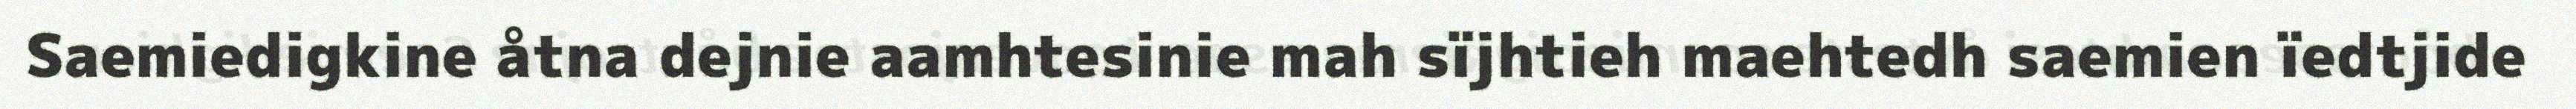
Saemiedigkine åtna dejnie aamhtesinie mah sïjhtieh maehtedh saemien ïedtjide